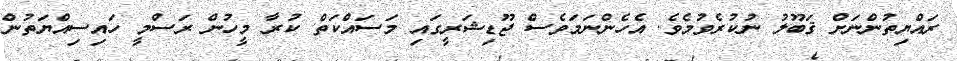
ރައްޔިތުންނަށް ޤަބޫލު ނުކުރެވުމެވެ. އެހެންނަމަވެސް ޖޫޑިޝަރީގައި މަސައްކަތް ކުރާ މީހުން ރަސްމީ ހައިސިއްޔަތުން